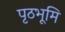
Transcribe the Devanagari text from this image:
पृठभूमि